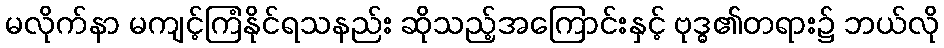
မလိုက်နာ မကျင့်ကြံနိုင်ရသနည်း ဆိုသည့်အကြောင်းနှင့် ဗုဒ္ဓ၏တရား၌ ဘယ်လို